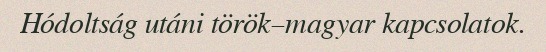
Hódoltság utáni török–magyar kapcsolatok.